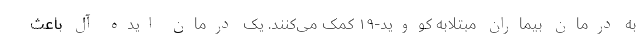
به درمان بیماران مبتلابه کووید-۱۹ کمک می‌کنند. یک درمان ایده آل باعث